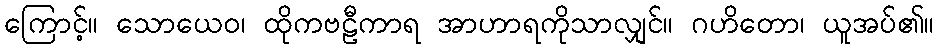
ကြောင့်။ သောယေဝ၊ ထိုကဗဠီကာရ အာဟာရကိုသာလျှင်။ ဂဟိတော၊ ယူအပ်၏။